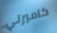
كاميرتي